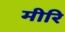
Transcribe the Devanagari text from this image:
मीरि